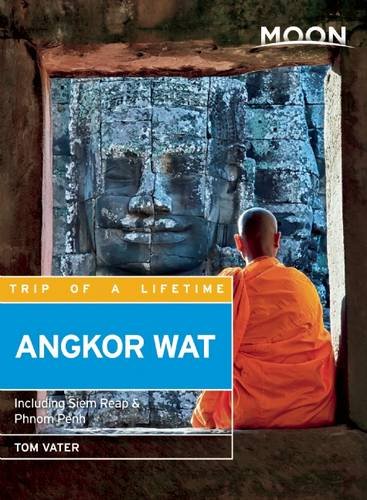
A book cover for Moon Angkor Wat: Including Siem Reap & Phnom Penh (Moon Handbooks); Tom Vater; Travel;